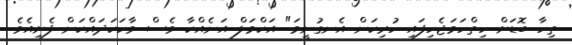
ތިހާ ބޮޑަށް ހިތްހަމަޖެހިފައި ހުރިކަން އެނގުނީމަ" އަކްމަލް އަނެއްކާ ވެސް ވާހަކަދައްކަން ފެށިއެވެ.